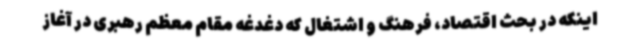
اینکه در بحث اقتصاد، فرهنگ و اشتغال که دغدغه مقام معظم رهبری در آغاز